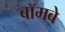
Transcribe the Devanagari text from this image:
बॉमबे